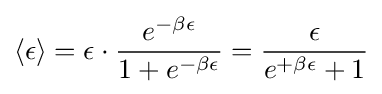
\langle \epsilon \rangle =\epsilon \cdot {\frac {e^{-\beta \epsilon }}{1+e^{-\beta \epsilon }}}={\frac {\epsilon }{e^{+\beta \epsilon }+1}}